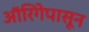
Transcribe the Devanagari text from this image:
ऑरिगेपासून